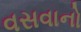
વસવાનો